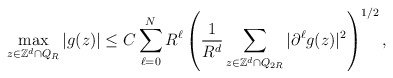
\begin{align*}\max_{z\in \mathbb{Z}^d \cap {Q}_{R}} |g(z)|\le C \sum_{\ell=0}^N R^\ell\left(\frac{1}{R^d}\sum_{z\in \mathbb{Z}^d \cap {Q}_{2R}}|\partial^\ell g(z)|^2 \right)^{1/2},\end{align*}